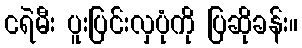
ငရဲမီး ပူးပြင်းလှပုံကို ပြဆိုခန်း။